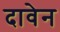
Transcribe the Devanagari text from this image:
दावेन